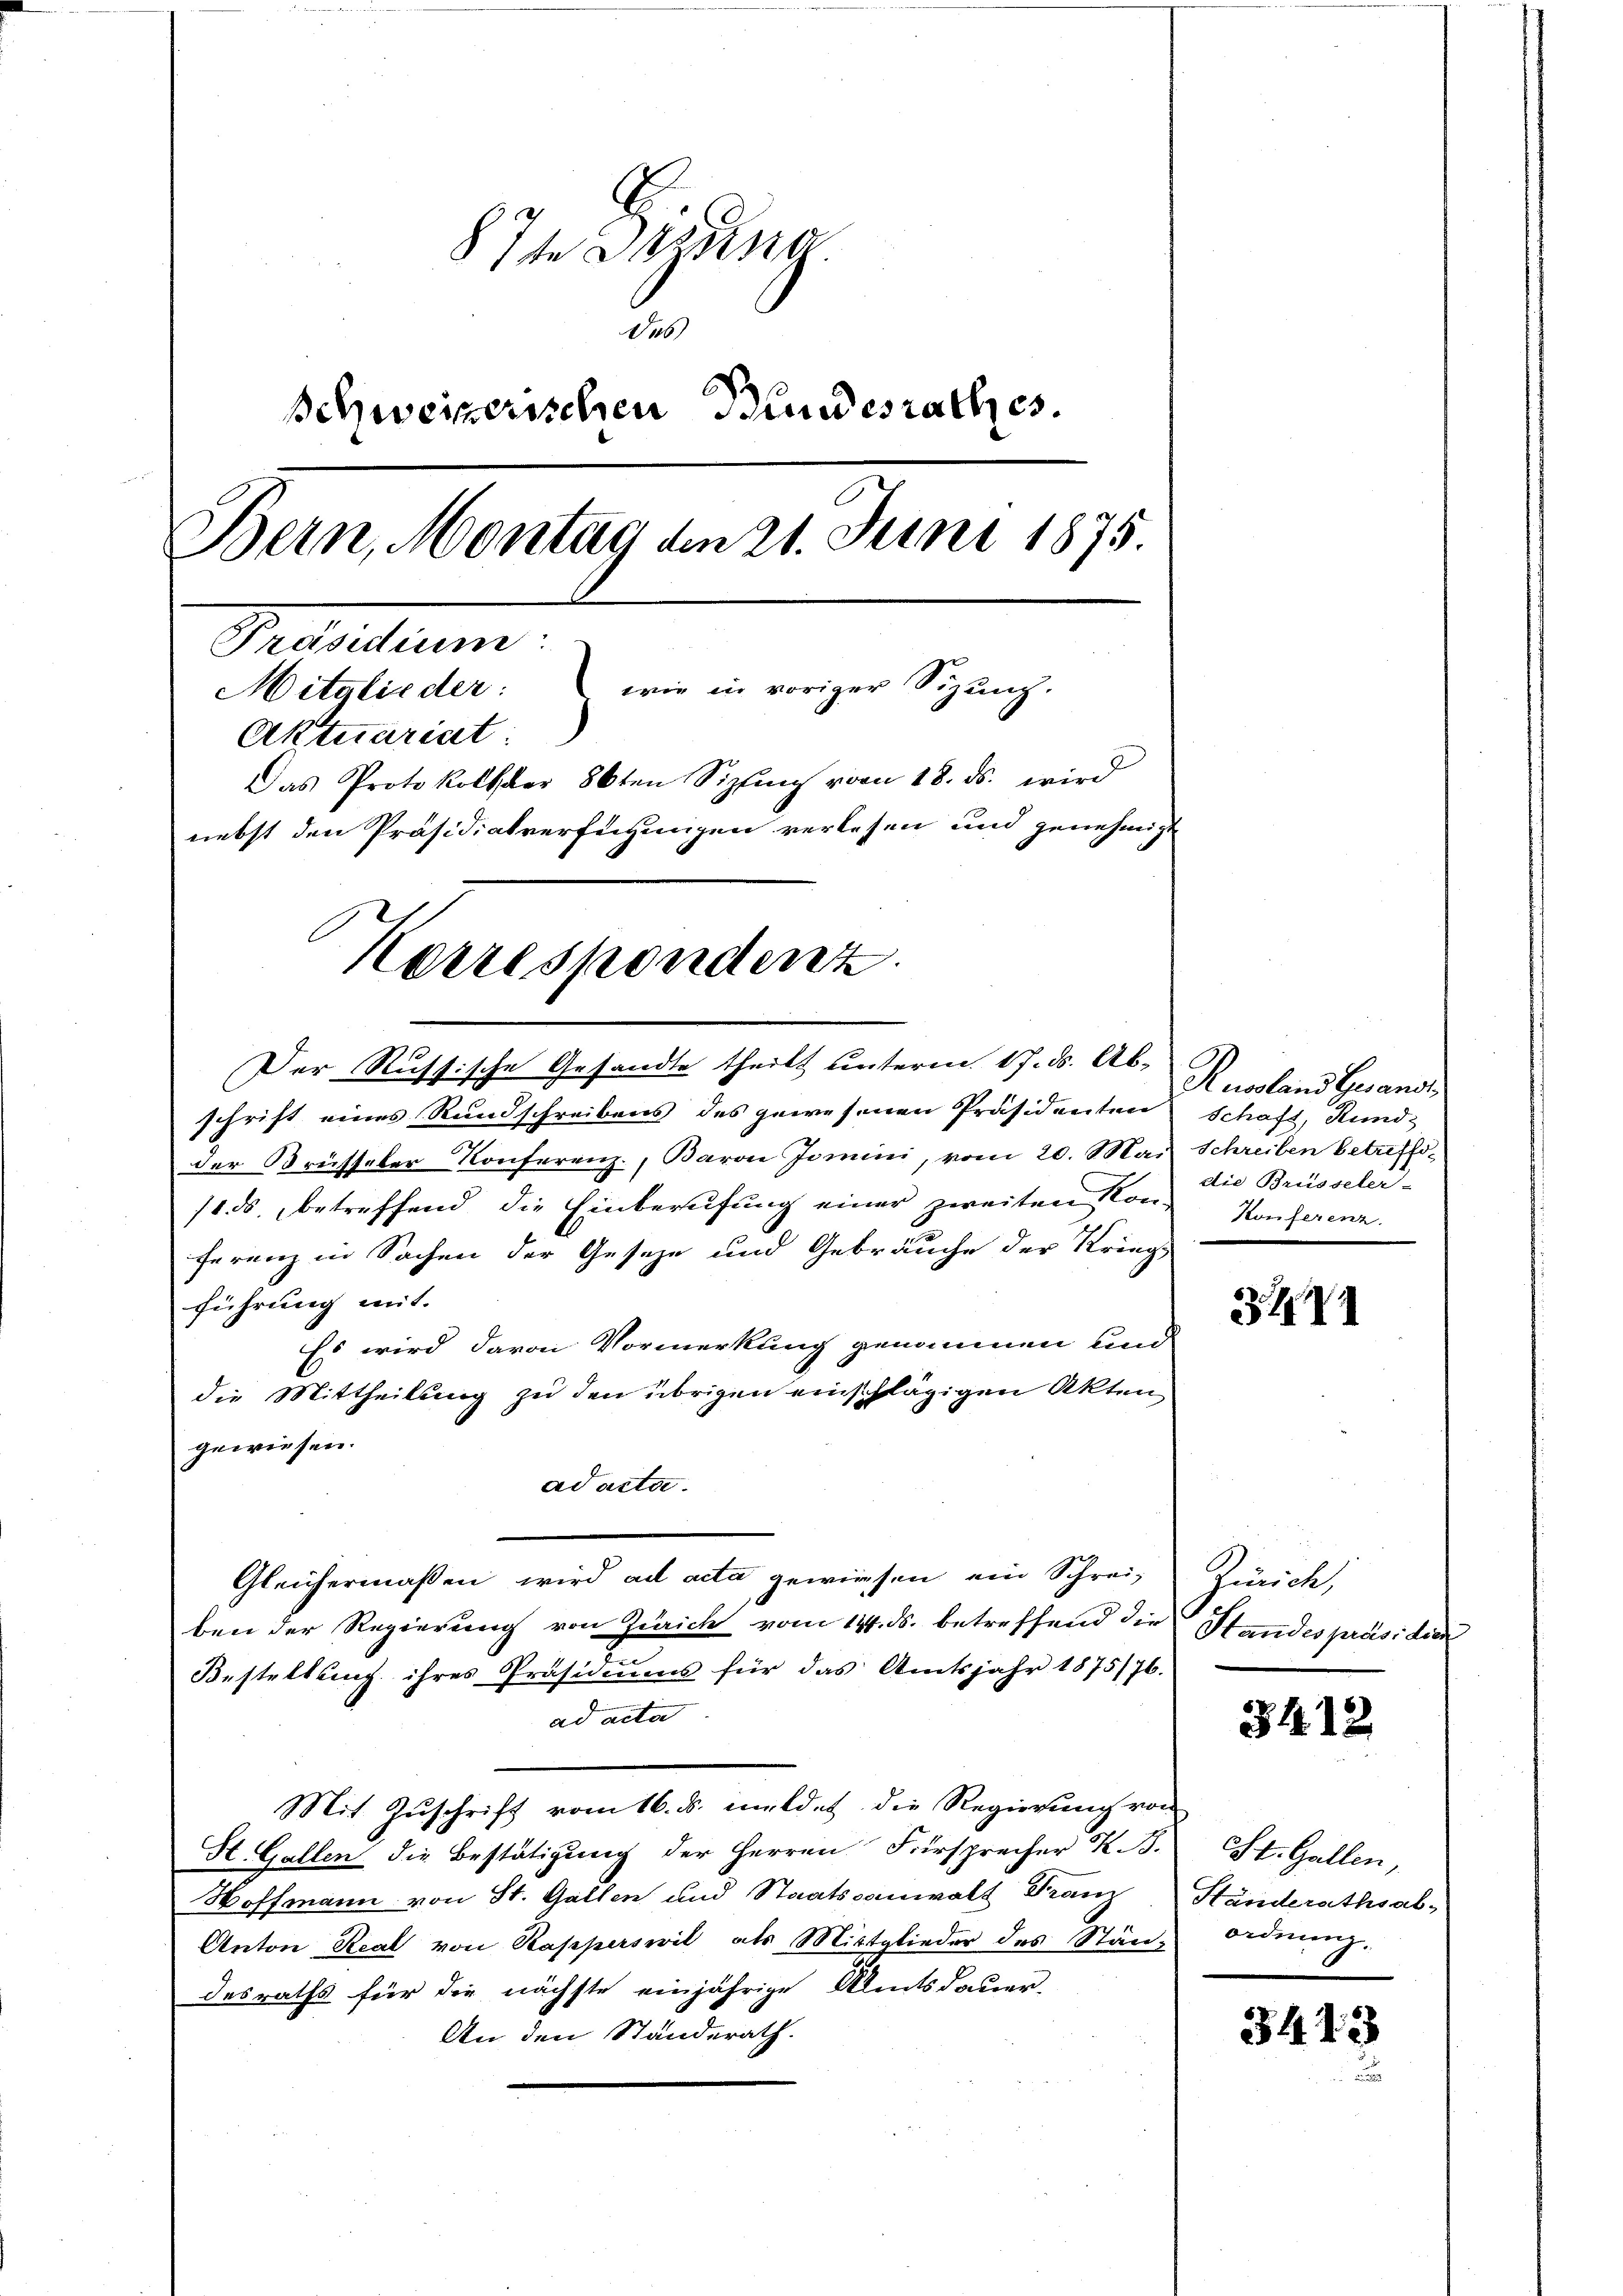
§ 71. Deutsa
des
Schweizerischen Bundesrathes.
Bern, Montag den 21. Juni 1875
Pruidum
Mitglieder: wie in voriger Sizung.
Aktuariat
Das Protokollber 86ten Sipfing vom 18. ds. wird
nebst den Präsidialverfügungen verlesen und genehmigte

Korrespondenz.

Der Russische Gesandte theilt unterm 17. ds. Ab-
schrift eines Rundschreibens des gewesenen Präsidenten Schaft, Rundder Brüsseler Konferenz, Baron Jomini, vom 20. Mai Schreiben betreffe¬
11. ds. betreffend die Einberufung einer zweiten Konferenz in Sachen der Geseze und Gebräuche der Kriegs
führung mit.
Es wird davon Vormerkung genommen und
die Mittheilung zu den übrigen einschlägigen Akten
gewiesen.
ad acta.
Gleichermaßen wird ad acta gewiesen ein Schreiben der Regierung von Zürich vom 14. ds. betreffend die
Bestellung ihres Präsidiums für das Amtsjahr 1875/76.
ad acta
Mit Zŭschrift vom 16. ds. meldet die Regierŭng von
H. Gallen die Bestätigung der Herren Fürsprecher K. B.
Hoffmann von St. Gallen und Staatsanwalt Franz Ständerathsab¬
Anton Real von Rapperswil als Mittglieder des Ständesraths für die nächste einjährige Amtsdauer-
An den Ständerath.

Russland Gesandt
die Brüsseler-
Konferenz.

371

Zinick,
Standes pas ledi

31412.

SSt. Gallen,
ordnung.

3413